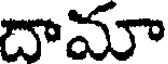
దామా